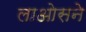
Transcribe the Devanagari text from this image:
लाओसने